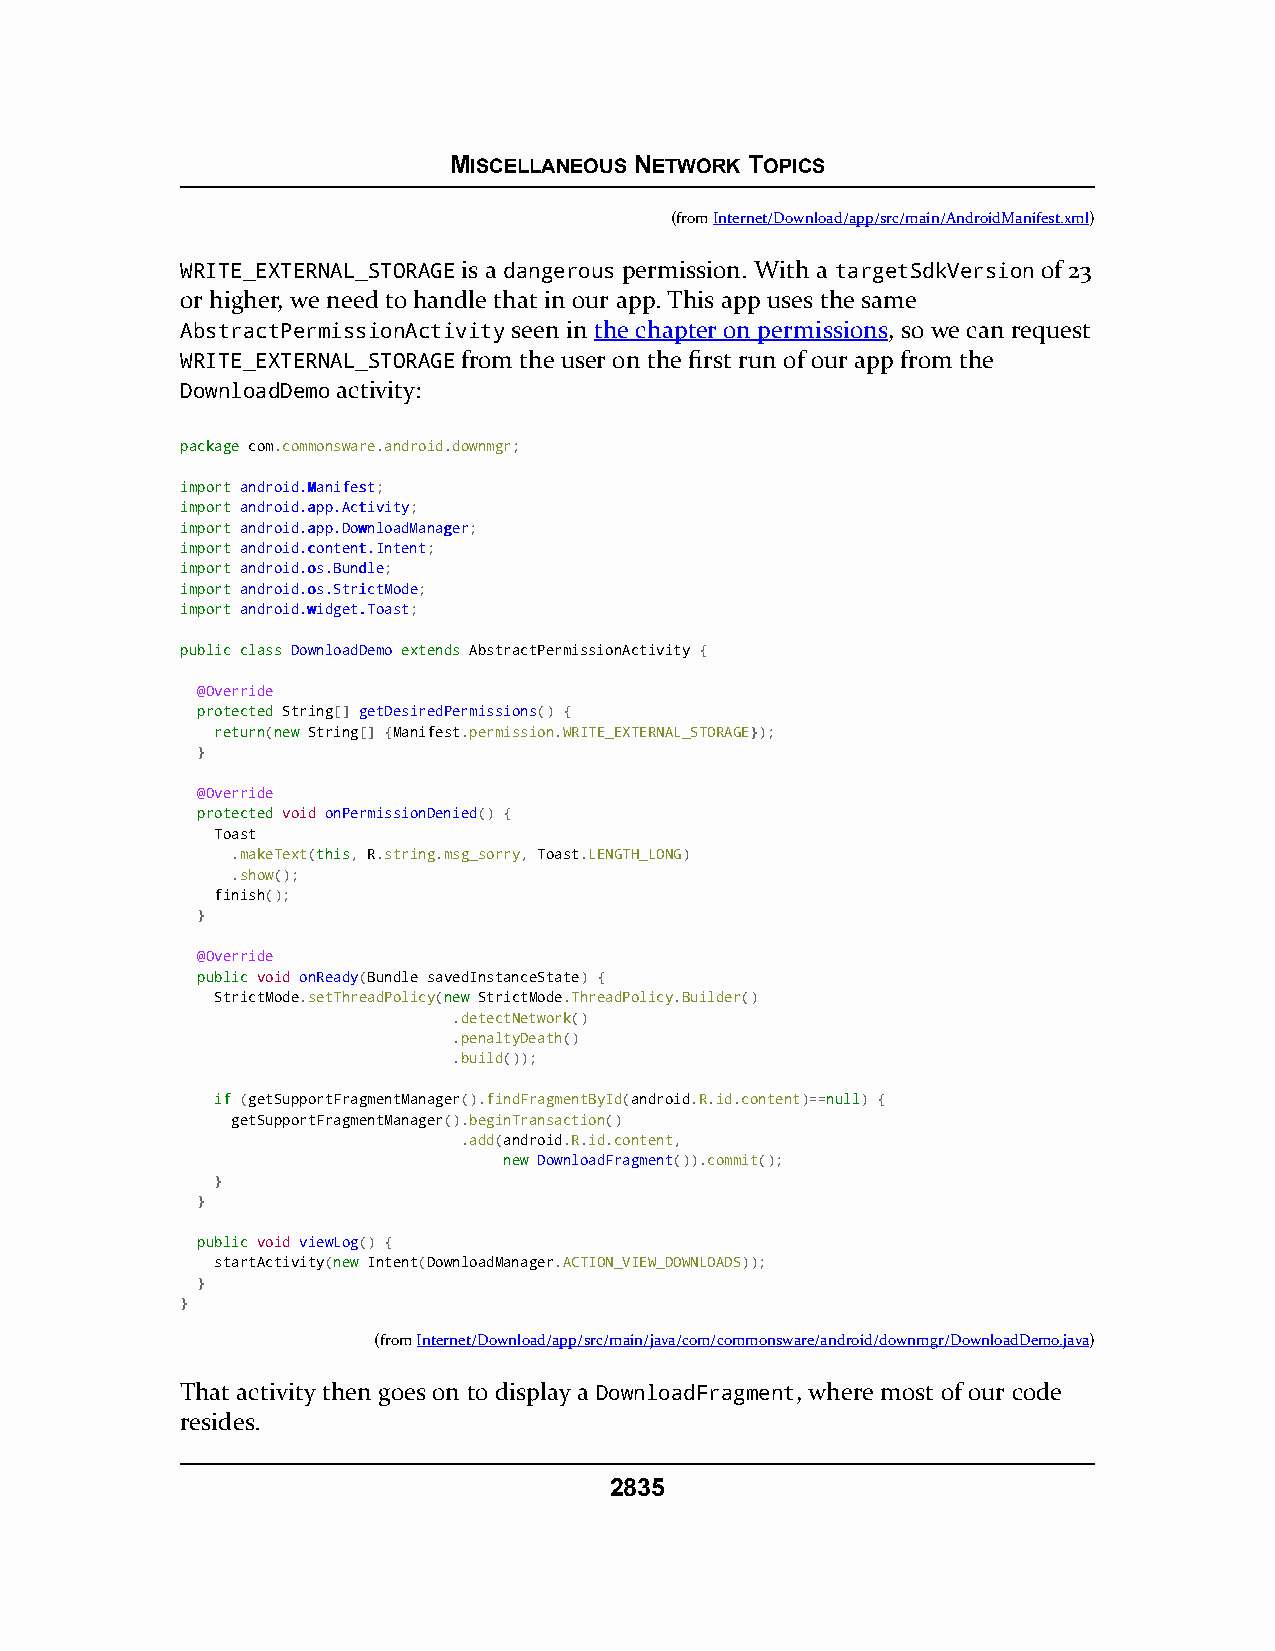
MISCELLANEOUS NETWORK TOPICS
 (fromInternet/Download/app/src/main/AndroidManifest.xml)
 WRITE_EXTERNAL_STORAGE is a dangerous permission. With a targetSdkVersion of 23
 or higher, we need to handle that in our app. This app uses the same
 AbstractPermissionActivity seen in the chapter on permissions, so we can request
 WRITE_EXTERNAL_STORAGE from the user on the first run of our app from the
 DownloadDemo activity:
 ppaacckkaaggee com.commonsware.android.downmgr;
 iimmppoorrtt aannddrrooiidd..MMaanniiffeesstt;
 iimmppoorrtt aannddrrooiidd..aapppp..AAccttiivviittyy;
 iimmppoorrtt aannddrrooiidd..aapppp..DDoowwnnllooaaddMMaannaaggeerr;
 iimmppoorrtt aannddrrooiidd..ccoonntteenntt..IInntteenntt;
 iimmppoorrtt aannddrrooiidd..ooss..BBuunnddllee;
 iimmppoorrtt aannddrrooiidd..ooss..SSttrriiccttMMooddee;
 iimmppoorrtt aannddrrooiidd..wwiiddggeett..TTooaasstt;
 ppuubblliicc ccllaassss DDoowwnnllooaaddDDeemmoo eexxtteennddss AbstractPermissionActivity {
 @Override
 pprrootteecctteedd String[] getDesiredPermissions() {
 rreettuurrnn(nneeww String[] {Manifest.permission.WRITE_EXTERNAL_STORAGE});
 }
 @Override
 pprrootteecctteedd void onPermissionDenied() {
 Toast
 .makeText(tthhiiss, R.string.msg_sorry, Toast.LENGTH_LONG)
 .show();
 finish();
 }
 @Override
 ppuubblliicc void onReady(Bundle savedInstanceState) {
 StrictMode.setThreadPolicy(nneeww StrictMode.ThreadPolicy.Builder()
 .detectNetwork()
 .penaltyDeath()
 .build());
 iiff (getSupportFragmentManager().findFragmentById(android.R.id.content)==nnuullll) {
 getSupportFragmentManager().beginTransaction()
 .add(android.R.id.content,
 nneeww DownloadFragment()).commit();
 }
 }
 ppuubblliicc void viewLog() {
 startActivity(nneeww Intent(DownloadManager.ACTION_VIEW_DOWNLOADS));
 }
 }
 (fromInternet/Download/app/src/main/java/com/commonsware/android/downmgr/DownloadDemo.java)
 That activity then goes on to display a DownloadFragment, where most of our code
 resides.
 2835